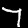
Digit: 7